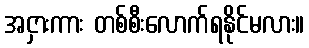
အငှားကား တစ်စီးလောက်ရနိုင်မလား။